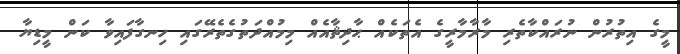
މީގެ އިތުރުން ނުރައްކާތެރި މާރާމާރީގެ އެތަކެއް ޙާދިޘާއެއް މިމުއްދަތުގެތެރޭގައި ހިނގާފައިވާ ކަން މީޑިޔާ